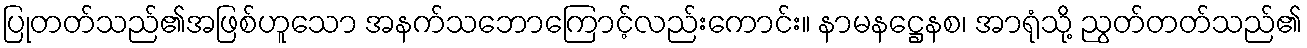
ပြုတတ်သည်၏အဖြစ်ဟူသော အနက်သဘောကြောင့်လည်းကောင်း။ နာမနဋ္ဌေနစ၊ အာရုံသို့ ညွတ်တတ်သည်၏